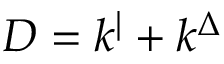
D = k ^ { | } + k ^ { \Delta }